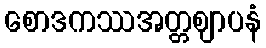
စောဒကဿအတ္တဈာပနံ